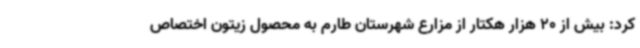
کرد: بیش از 20 هزار هکتار از مزارع شهرستان طارم به محصول زیتون اختصاص